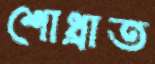
শোধ্‌রাত